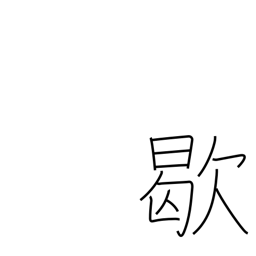
Meaning: out of